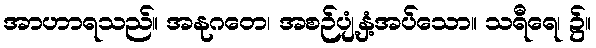
အာဟာရသည်။ အနုဂတေ၊ အစဉ်ပျံ့နှံ့အပ်သော။ သရီရေ၊ ၌။